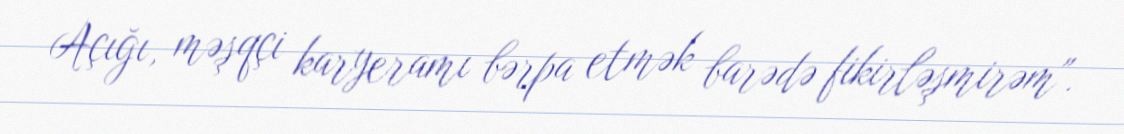
Açığı, məşqçi karyeramı bərpa etmək barədə fikirləşmirəm".